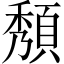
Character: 頺